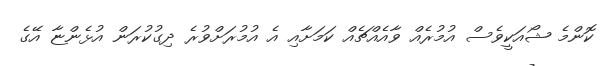
ކޮންމެ ޝޯއަކީވެސް އުމުރެއް ވާއެއްޗެއް ކަމަށާއި އެ އުމުރަށްވުރެ ދިގުކުރަން އުޅެންޏާ އޭގެ